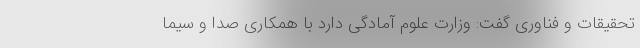
تحقیقات و فناوری گفت: وزارت علوم آمادگی دارد با همکاری صدا و سیما